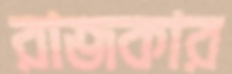
রাজকার